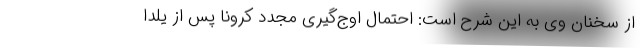
از سخنان وی به این شرح است: احتمال اوج‌گیری مجدد کرونا پس از یلدا